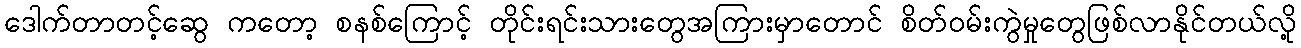
ဒေါက်တာတင့်ဆွေ ကတော့ စနစ်ကြောင့် တိုင်းရင်းသားတွေအကြားမှာတောင် စိတ်ဝမ်းကွဲမှုတွေဖြစ်လာနိုင်တယ်လို့